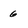
Character: 6